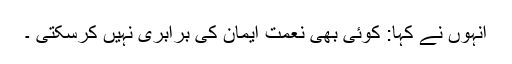
انہوں نے کہا: کوئی بھی نعمت ایمان کی برابری نہیں کرسکتی ۔